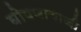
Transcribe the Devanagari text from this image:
घोषणाबाजी